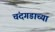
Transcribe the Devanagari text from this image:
चंदगडाच्या